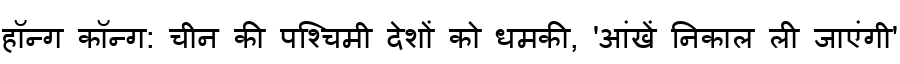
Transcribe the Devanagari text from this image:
हॉन्ग कॉन्ग: चीन की पश्चिमी देशों को धमकी, 'आंखें निकाल ली जाएंगी'